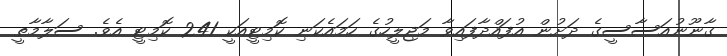
ގާނޫނުއަސާސީގެ ދަށުން އުފައްދާފައިވާ މަޖިލީހުގެ ހަމައެކަނި ކޮމިޓީއަކީ 241 ކޮމިޓީ އެވެ. ސަލާމާތީ